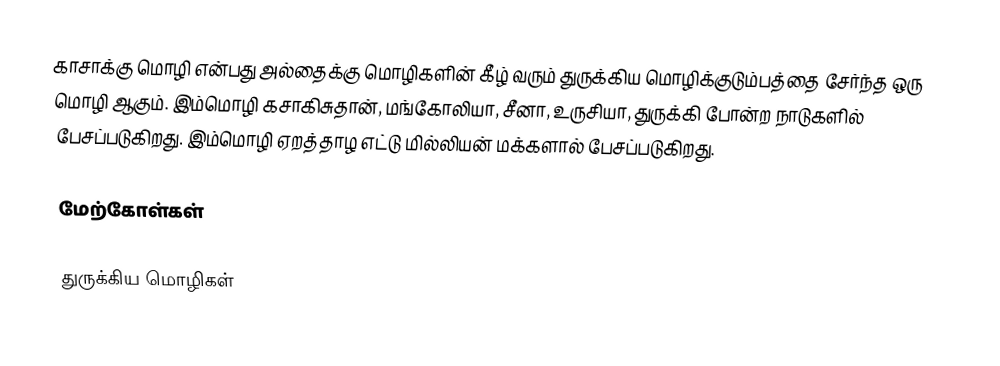
காசாக்கு மொழி என்பது அல்தைக்கு மொழிகளின் கீழ் வரும் துருக்கிய மொழிக்குடும்பத்தை சேர்ந்த ஒரு மொழி ஆகும். இம்மொழி கசாகிசுதான், மங்கோலியா, சீனா, உருசியா, துருக்கி போன்ற நாடுகளில் பேசப்படுகிறது. இம்மொழி ஏறத்தாழ எட்டு மில்லியன் மக்களால் பேசப்படுகிறது.

மேற்கோள்கள்

துருக்கிய மொழிகள்